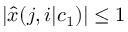
| { \widehat x } ( j , i | c _ { 1 } ) | \le 1